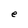
Character: e